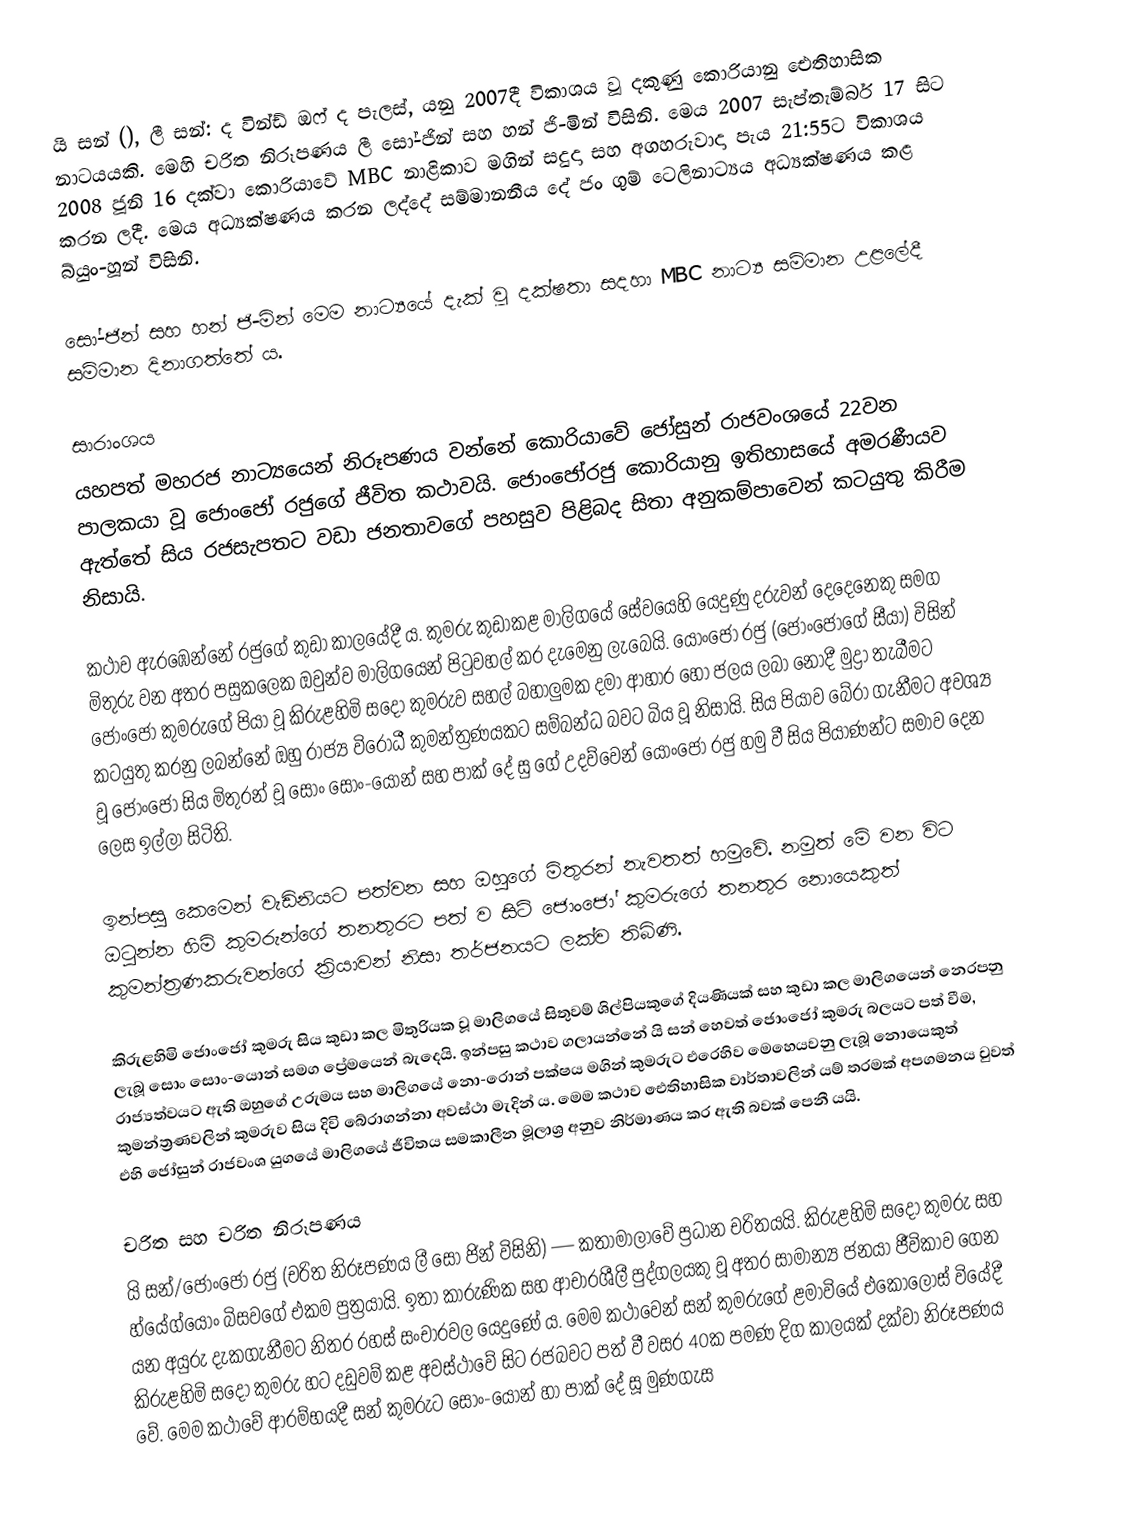
යි සන් (), ලී සන්: ද වින්ඩ් ඔෆ් ද පැලස්, යනු 2007දී විකාශය වූ දකුණු කොරියානු ඓතිහාසික නාටයයකි. මෙහි චරිත නිරූපණය ලී සෝ-ජින් සහ හන් ජි-මින් විසිනි. මෙය 2007 සැප්තැම්බර් 17 සිට 2008 ජූනි 16 දක්වා කොරියාවේ MBC නාළිකාව මගින් සදුදා සහ අගහරුවාදා පැය 21:55ට විකාශය කරන ලදී. මෙය අධ්‍යක්ෂණය කරන ලද්දේ සම්මානනීය දේ ජං ගුම් ටෙලිනාට්‍යය අධ්‍යක්ෂණය කළ  බ්යුං-හූන් විසිනි.

සෝ-ජින් සහ හන් ජි-මින් මෙම නාට්‍යයේ දැක් වූ දක්ෂතා සදහා MBC නාට්‍ය සම්මාන උළලේදී සම්මාන දිනාගත්තේ ය.

සාරාංශය
යහපත් මහරජ නාට්‍යයෙන් නිරූපණය වන්නේ කොරියාවේ ජෝසුන් රාජවංශයේ 22වන පාලකයා වූ ජොංජෝ රජුගේ ජීවිත කථාවයි. ජොංජෝරජු කොරියානු ඉතිහාසයේ අමරණීයව ඇත්තේ සිය රජසැපතට වඩා ජනතාවගේ පහසුව පිළිබද සිතා අනුකම්පාවෙන් කටයුතු කිරීම නිසායි.

කථාව ඇරඹෙන්නේ රජුගේ කුඩා කාලයේදී ය. කුමරු කුඩාකළ මාලිගයේ සේවයෙහි යෙදුණු දරුවන් දෙදෙනෙකු සමග මිතුරු වන අතර පසුකලෙක ඔවුන්ව මාලිගයෙන් පිටුවහල් කර දැමෙනු ලැබෙයි. යොංජෝ රජු (ජොංජෝගේ සීයා) විසින් ජොංජෝ කුමරුගේ පියා වූ කිරුළහිමි සදෝ කුමරුව සහල් බහාලුමක දමා ආහාර හෝ ජලය ලබා නොදී මුද්‍රා තැබීමට කටයුතු කරනු ලබන්නේ ඔහු රාජ්‍ය විරෝධී කුමන්ත්‍රණයකට සම්බන්ධ බවට බිය වූ නිසායි. සිය පියාව බේරා ගැනීමට අවශ්‍ය වූ ජොංජෝ සිය මිතුරන් වූ සොං සොං-යොන් සහ පාක් දේ සු ගේ උදව්වෙන් යොංජෝ රජු හමු වී සිය පියාණන්ට සමාව දෙන ලෙස ඉල්ලා සිටිති.

ඉන්පසු කෙමෙන් වැඩිනියට පත්වන  සහ ඔහුගේ මිතුරන් නැවතත් හමුවේ. නමුත් මේ වන විට ඔටුන්න හිමි කුමරුන්ගේ තනතුරට පත් ව සිටි ජොංජෝ කුමරුගේ තනතුර නොයෙකුත් කුමන්ත්‍රණකරුවන්ගේ ක්‍රියාවන් නිසා තර්ජනයට ලක්ව තිබිණි.

කිරුළහිමි ජොංජෝ කුමරු සිය කුඩා කල මිතුරියක වූ මාලිගයේ සිතුවම් ශිල්පියකුගේ දියණියක් සහ කුඩා කල මාලිගයෙන් නෙරපනු ලැබූ සොං සොං-යොන් සමග ප්‍රේමයෙන් බැදෙයි. ඉන්පසු කථාව ගලායන්නේ යි සන් හෙවත් ජොංජෝ කුමරු‍ බලයට පත් වීම, රාජ්‍යත්වයට ඇති ඔහුගේ උරුමය සහ මාලිගයේ නො-රොන් පක්ෂය මගින් කුමරුට එරෙහිව  මෙහෙයවනු ලැබූ නොයෙකුත් කුමන්ත්‍රණවලින් කුමරුව සිය දිවි බේරාගන්නා අවස්ථා මැදින් ය. මෙම කථාව ඓතිහාසික වාර්තාවලින් යම් තරමක් අපගමනය වුවත් එහි ජෝසුන් රාජවංශ යුගයේ මාලිගයේ ජීවිතය සමකාලීන මූලාශ්‍ර අනුව නිර්මාණය කර ඇති  බවක් පෙනී යයි.

චරිත සහ චරිත නිරූපණය
යි සන්/ජොංජෝ රජු (චරිත නිරූපණය ලී සෝ ජින් විසිනි) — කතාමාලාවේ ප්‍රධාන චරිතයයි. කිරුළහිමි සදෝ කුමරු සහ හ්යේග්යොං බිසවගේ එකම පුත්‍රයායි. ඉතා කාරුණික සහ ආචාරශීලී පුද්ගලයකු වූ අතර සාමාන්‍ය ජනයා ජීවිකාව ගෙන යන අයුරු දැකගැනීමට නිතර රහස් සංචාරවල යෙදුණේ ය. මෙම කථාවෙන් සන් කුමරුගේ ළමාවියේ එකොලොස් වියේදී කිරුළහිමි සදෝ කුමරු හට දඩුවම් කළ අවස්ථාවේ සිට රජබවට පත් වී වසර 40ක පමණ දිග කාලයක් දක්වා නිරූපණය වේ. මෙම කථාවේ ආරම්භ‍යදී සන් කුමරුට සොං-යොන් හා පාක් දේ සූ මුණගැස